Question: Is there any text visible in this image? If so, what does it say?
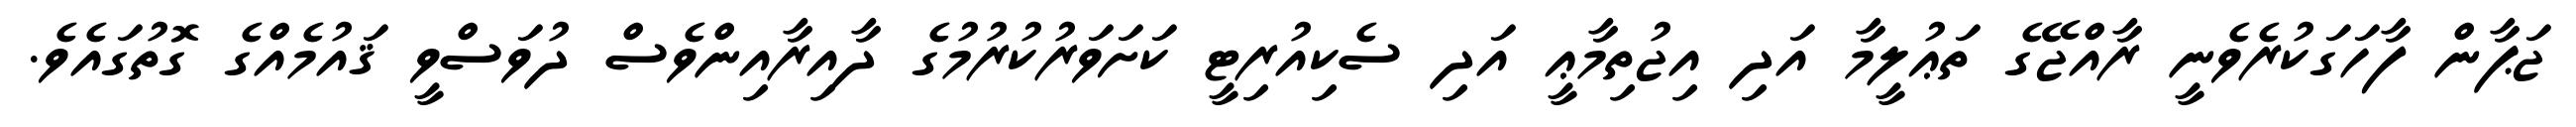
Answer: ޖަޕާން ފާހަގަކުރެވެނީ ރާއްޖޭގެ ތަޢުލީމާ އަދި އިޖުތިމާޢީ އަދި ސެކިއުރިޓީ ކަށަވަރުކުރުމުގެ ދާއިރާއިންވެސް ދުވަސްވީ ޤައުމެއްގެ ގޮތުގައެވެ.